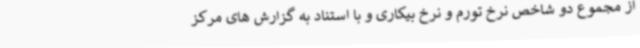
از مجموع دو شاخص نرخ تورم و نرخ بیکاری و با استناد به گزارش های مرکز